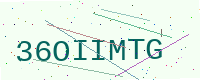
Text: 36OIIMTG